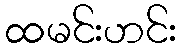
ထမင်းဟင်း